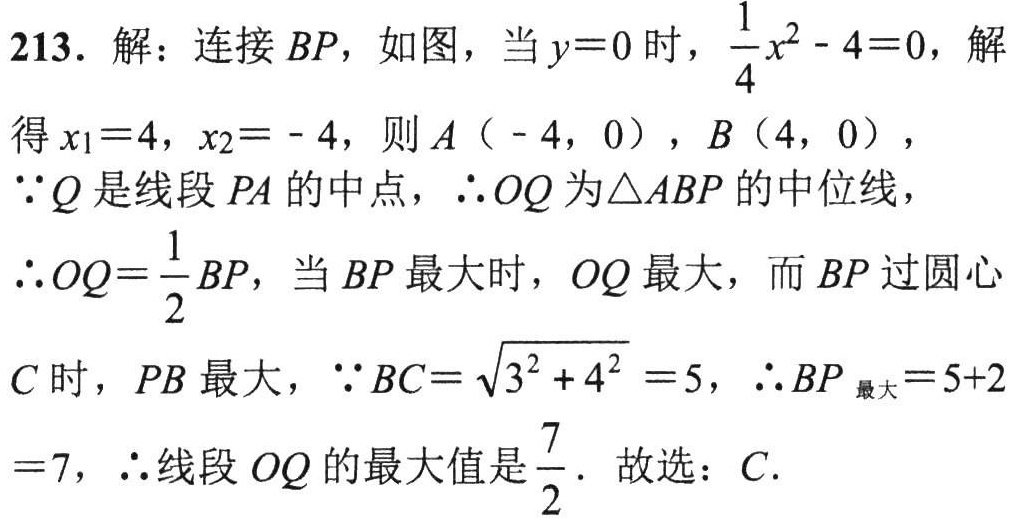
213. 解：连接 \(BP\)，如图，当 \(y = 0\) 时，\(\frac{1}{4}x^{2}-4 = 0\)，解得 \(x_{1}=4\)，\(x_{2}=-4\)，则 \(A(-4,0)\)，\(B(4,0)\)，
\(\because Q\) 是线段 \(PA\) 的中点，\(\therefore OQ\) 为 \(\triangle ABP\) 的中位线，
\(\therefore OQ=\frac{1}{2}BP\)，当 \(BP\) 最大时，\(OQ\) 最大，而 \(BP\) 过圆心 \(C\) 时，\(PB\) 最大，\(\because BC=\sqrt{3^{2}+4^{2}} = 5\)，\(\therefore BP_{\text{最大}}=5 + 2=7\)，\(\therefore\) 线段 \(OQ\) 的最大值是 \(\frac{7}{2}\)．故选：\(C\)．